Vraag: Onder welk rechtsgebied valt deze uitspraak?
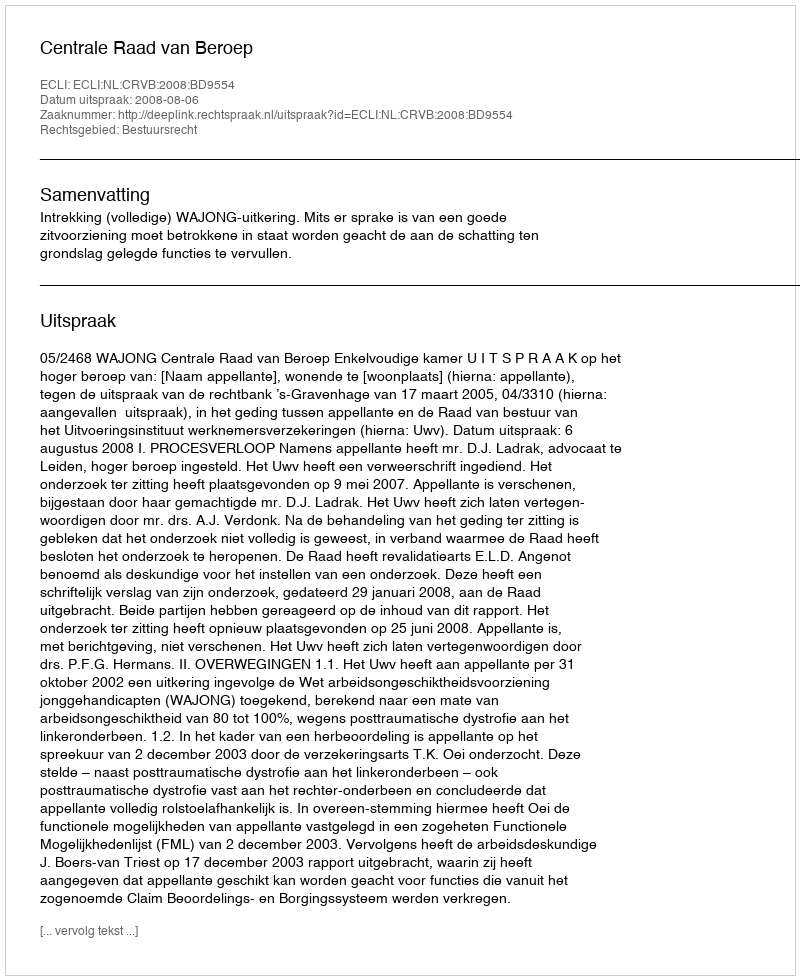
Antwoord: Bestuursrecht